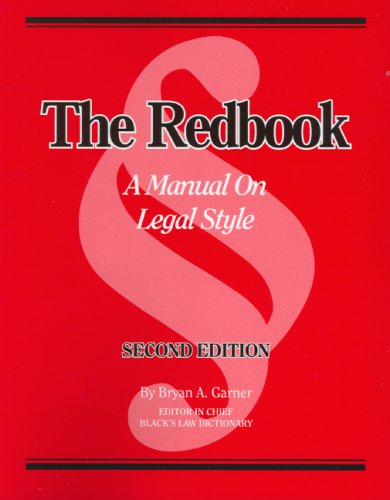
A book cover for The Redbook: A Manual on Legal Style (2d Ed.); Bryan A. Garner; Law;